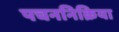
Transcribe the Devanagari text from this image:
पचननिक्रिया